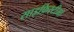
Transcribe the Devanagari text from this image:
साइफ़िस्टीमा